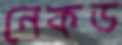
নেকড